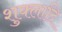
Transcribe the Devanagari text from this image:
शुक्लादि